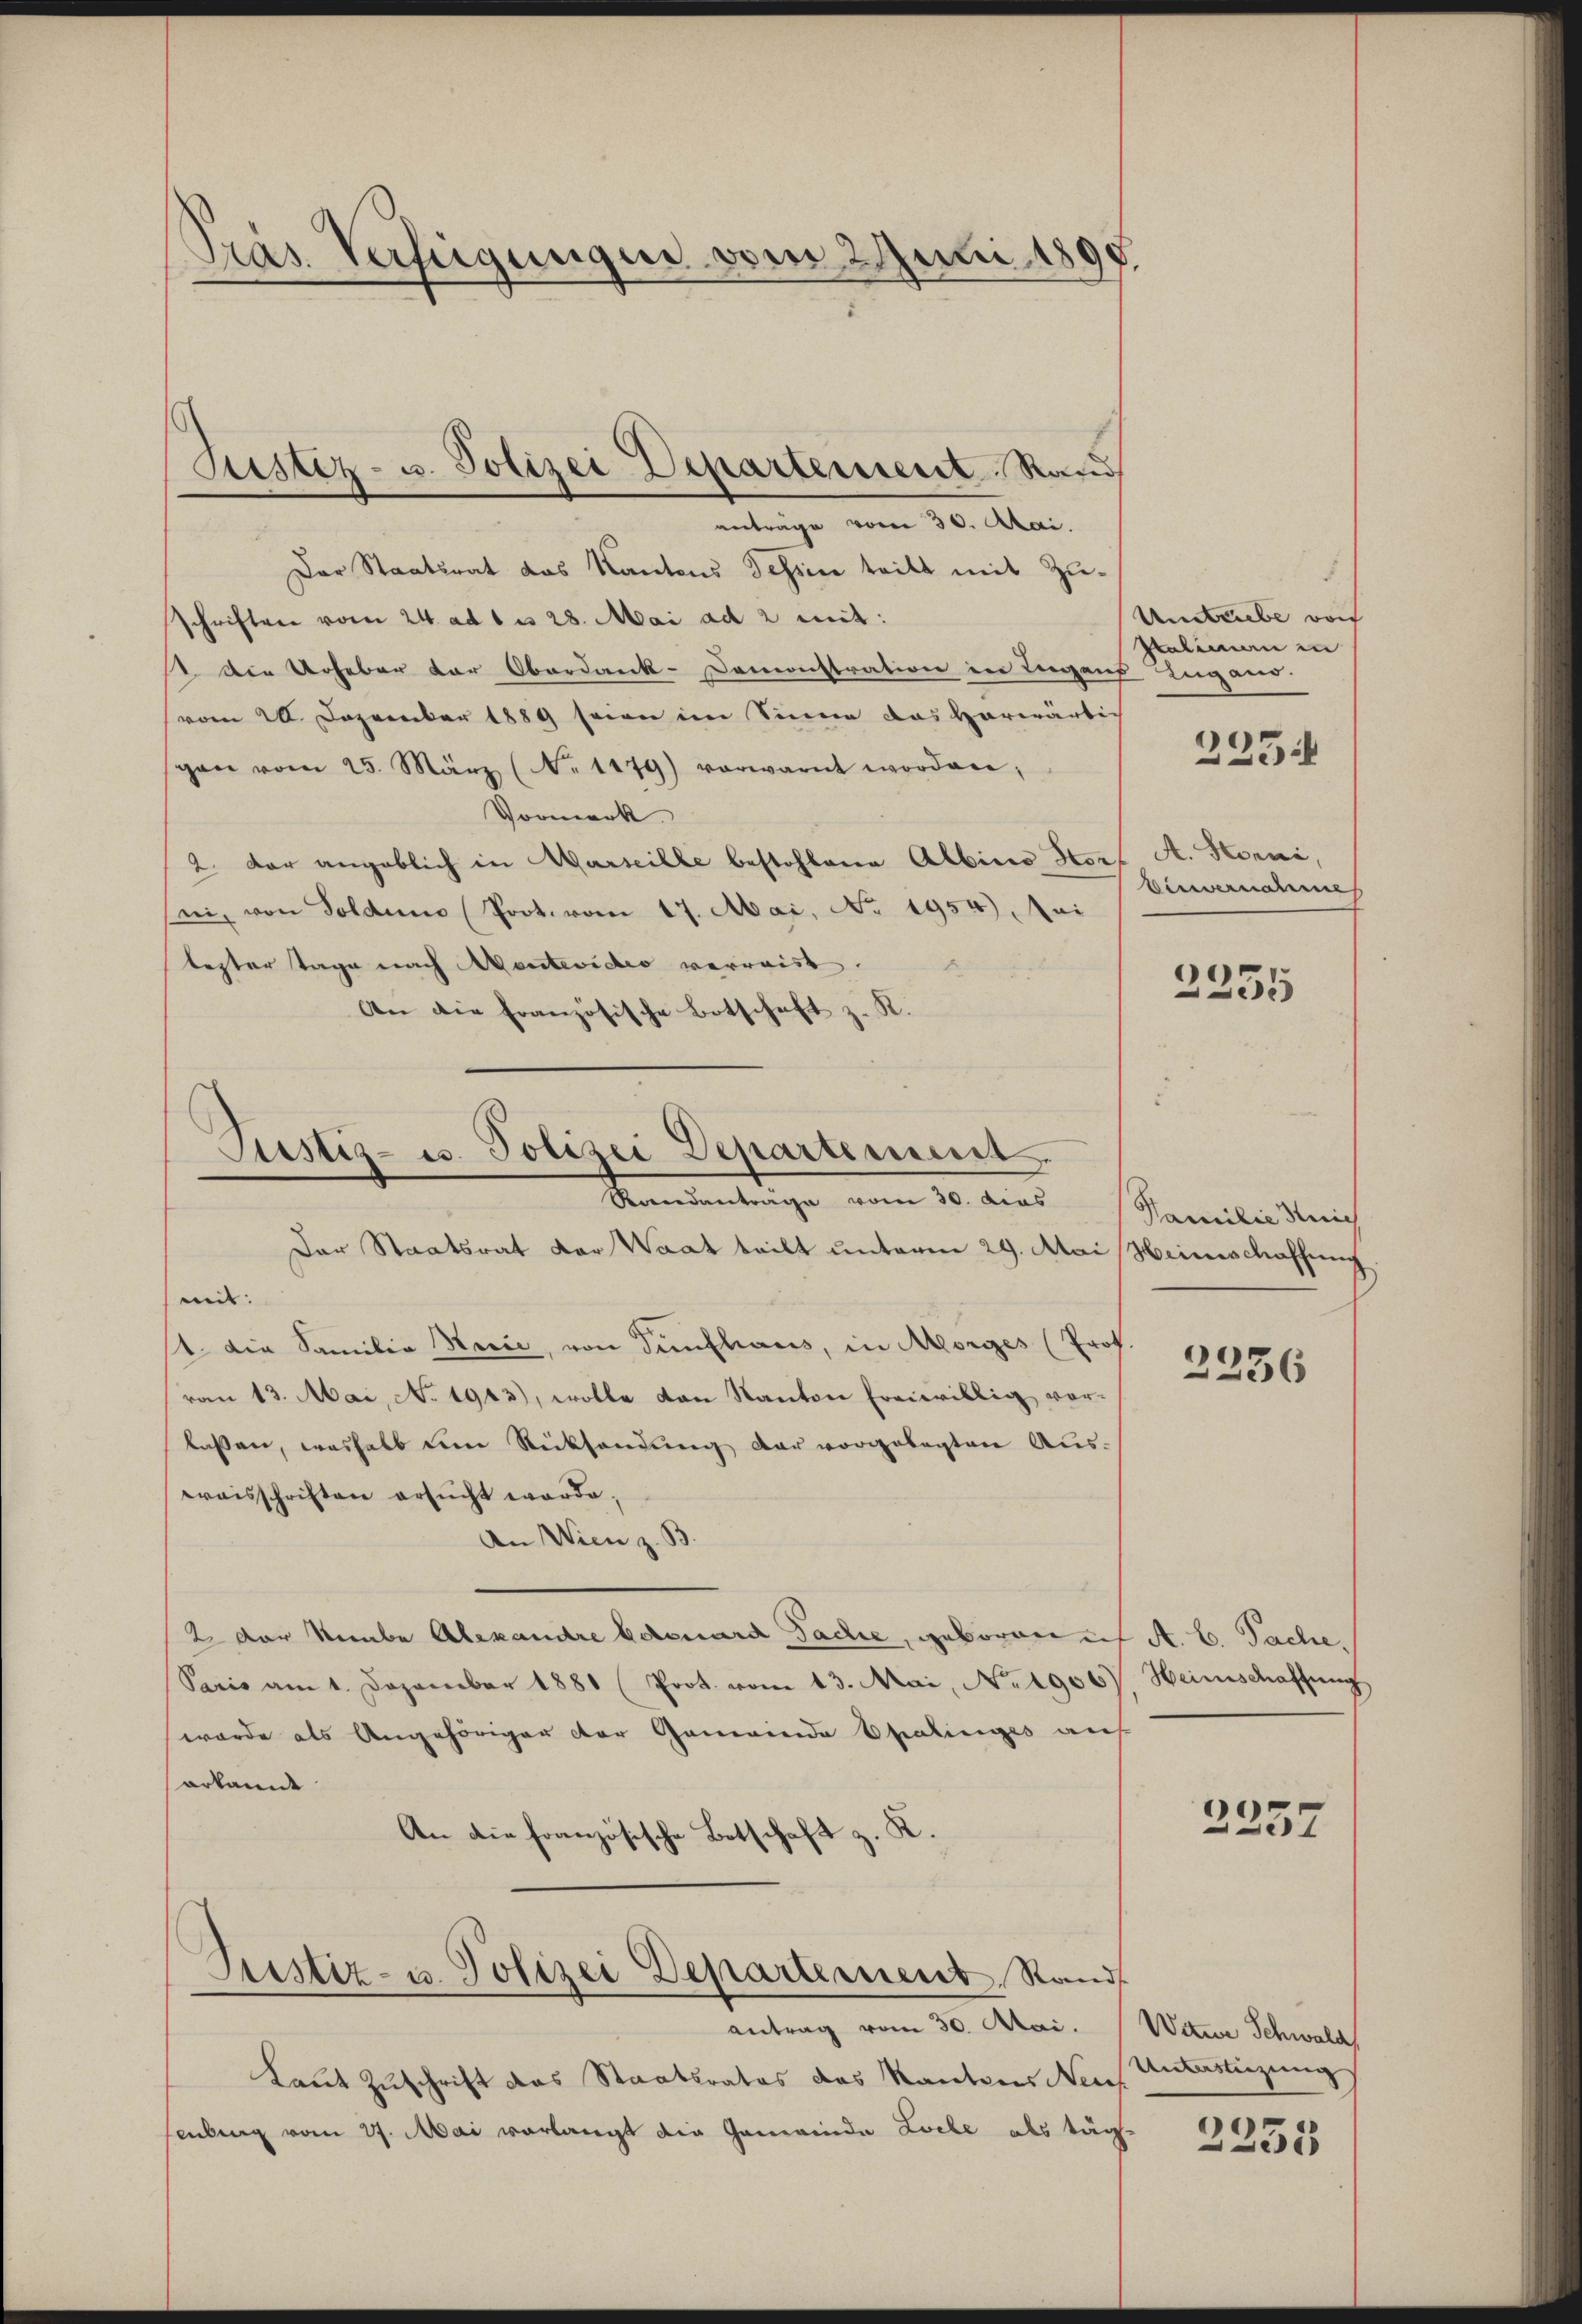
Pras Verfügungen vom 2. Juni 1890

anträge vom 30. Mai.
Der Staatsrat das Kantons Tessin teilt mit Zuschriften vom 24. ad 1 n 28. Mai ad 2 mit:
I. Die Urheber der Oberdank-Demonstration in Liegens
vom 28. Dezember 1889 seien im Sinne das vorwärtig
gan vom 25. März (N. 1179) vorwarnt worden,
Vormerk.
2 der angeblich in Marseille bestohlene Albina Stel A. Horni,
ni, von Solden Prot. vom 17. Mai, No. 1954) Mei
bester Tage nach Montevideo verweist.
An die französische Botschaft z. R.

Justiz- u. Polizei Departement Raud

Pustiz- u. Polizei Departement.
Randantrage vom 30. das

Der Staatsrat der Waat teilt unterm 29. Mai, Heinschaffung
mit. |
14. Die Familie Herić, von Fünfhaus, in Morges (Prof.
von 13. Mai, No. 1913), wolle von Kanton freiwillig vorlassen, weshalb dem Rücksendung der vorgelegten Ausweisschriften ersucht worde;
An Wien z. B.
2 der Knabe Alexandre botenard Sache, geboren auf A. E. Sache,
Paris am 1. Dezember 1881 (Prot. vom 13. Mai, No 1906. Heimschaffung
wurde als Angehöriger der Gemeinde Spalinges auf
erkannt
An die französische Botschaft z. K.
Rustiz- u. Polizei Departement, Rand
antrag vom 30. Mai.
Laut Zuschrift das Staatsrates das Kantons Neues
ebung vom 27. Mai verlangt die Gemeinde Liebe als täg¬

Umtriebe von
Palimen in
f Zugano.
225:

Benvernahme

2335

Familie Reich

2336

2257

Wetter Schwald
Unterstüzung

2255